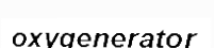
oxygenerator